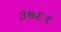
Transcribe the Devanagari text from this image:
३७६१